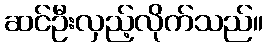
ဆင်ဦးလှည့်လိုက်သည်။